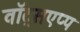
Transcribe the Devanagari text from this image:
वॉट्सएप्प